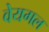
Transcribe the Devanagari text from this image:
वेयगल